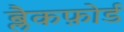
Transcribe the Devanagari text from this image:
ब्लैकफ़ोर्ड